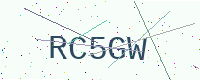
Text: RC5GW